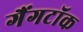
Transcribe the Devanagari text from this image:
गैंगटॉक